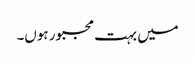
میں بہت مجبور ہوں۔